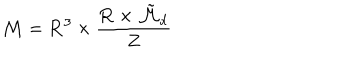
{ \cal M } = { \bf R } ^ { 3 } \times \frac { { \bf R } \times \tilde { \cal M } _ { d } } { Z }